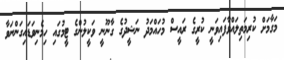
މަގާމަށް ކުރިމަތިލައްވާފައިވަނީ ކުރީގެ ރައީސް މުހައްމަދު ނަޝީދުގެ ގާނޫނީ ވަކީލުންގެ ޓީމުގައި ހިމެނިވަޑައިިގަންނަވާ